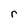
Character: r